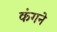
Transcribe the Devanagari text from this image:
कंगने